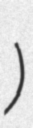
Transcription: الخوري)